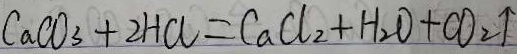
C a C O _ { 3 } + 2 H C l = C a C l _ { 2 } + H _ { 2 } O + C O _ { 2 } \uparrow